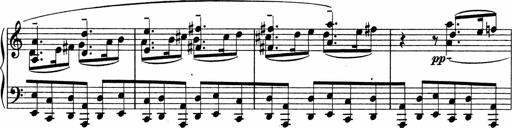
Title: Sonatina No.4
Composer: Abram Kimmell
Key: E minor